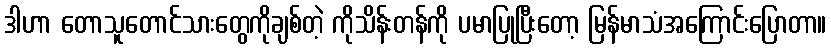
ဒါဟာ တောသူတောင်သားတွေကိုချစ်တဲ့ ကိုသိန်းတန်ကို ပမာပြုပြီးတော့ မြန်မာသံအကြောင်းပြောတာ။